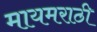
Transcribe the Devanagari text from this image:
मायमराठी